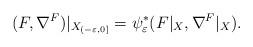
LaTeX: \begin{align*}\begin{aligned}(F, \nabla^{F})|_{X _{(-\varepsilon, 0]}}= \psi^{*}_{\varepsilon}(F|_{X}, \nabla^{F}|_{X}).\end{aligned}\end{align*}